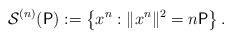
LaTeX: \begin{align*}\mathcal{S}^{(n)}(\mathsf{P}) := \left\{x^n: \|x^n\|^2 = n\mathsf{P}\right\}.\end{align*}